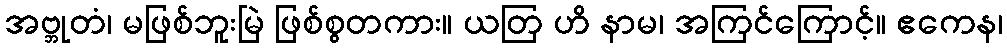
အဗ္ဘုတံ၊ မဖြစ်ဘူးမြဲ ဖြစ်စွတကား။ ယတြ ဟိ နာမ၊ အကြင်ကြောင့်။ ဧကေန၊